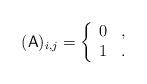
LaTeX: \begin{align*} (\mathsf{A})_{i,j} = \left\{\begin{array}{cl} 0 & ,\\ 1 & . \end{array}\right. \end{align*}